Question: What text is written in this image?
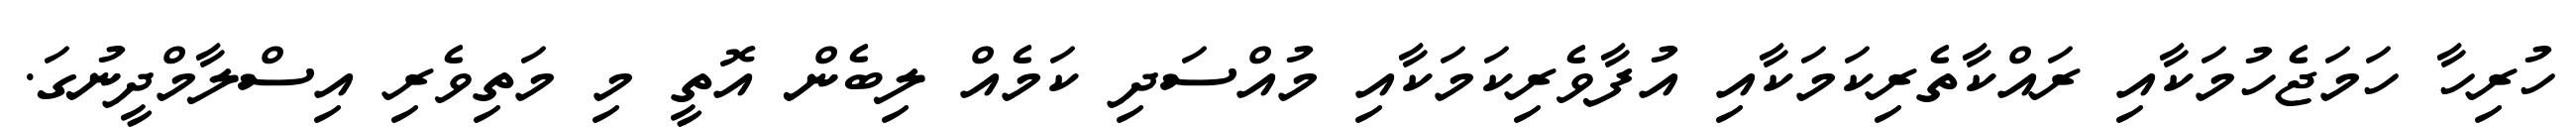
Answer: ހުރިހާ ހަމަޖެހުމަކާއި ރައްކާތެރިކަމަކާއި އުފާވެރިކަމަކާއި މުއްސަދި ކަމެއް ލިބެން އޮތީ މި މަތިވެރި އިސްލާމްދީނުގަ.